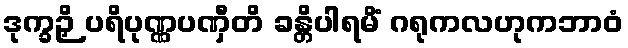
ဒုက္ခဉှိ ပရိပုဏ္ဏပဏှီတိ ခန္တိပါရမိံ ဂရုကလဟုကဘာဝံ